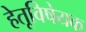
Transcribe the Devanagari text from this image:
हेतूविषेयक